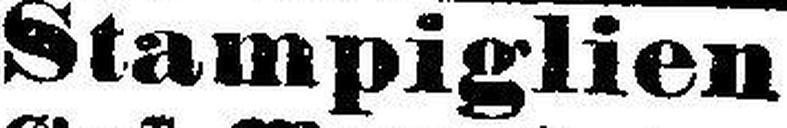
Stampiglien